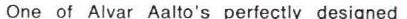
One of Alvar Aalto's perfectly designed